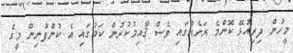
މީހުން ދިރިއުޅޭ ކޮންމެ ރަށެއްގައި ވެސް ޤާއިމުކުރުން ކަމުގައި އެ ކުންފުނިން މީގެ